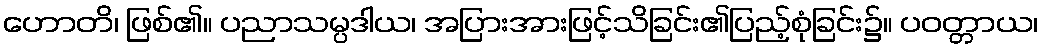
ဟောတိ၊ ဖြစ်၏။ ပညာသမ္ပဒါယ၊ အပြားအားဖြင့်သိခြင်း၏ပြည့်စုံခြင်း၌။ ပဝတ္တာယ၊